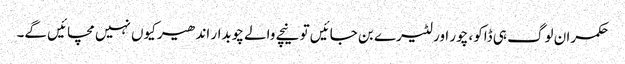
حکمران لوگ ہی ڈاکو، چور اور لٹیرے بن جائیں تو نیچے والے چوبدار اندھیر کیوں نہیں مچائیں گے۔